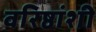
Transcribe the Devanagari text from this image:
वरिष्ठांशी